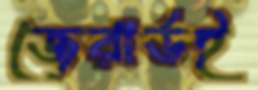
জেরার্ডই